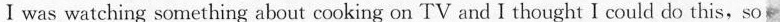
Ⅰwas watching something about cooking on TV and I thought I could do this,so